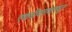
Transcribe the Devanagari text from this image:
एकत्रीकरणामधून